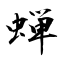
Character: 蝉